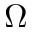
\Omega